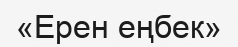
«Ерен еңбек»